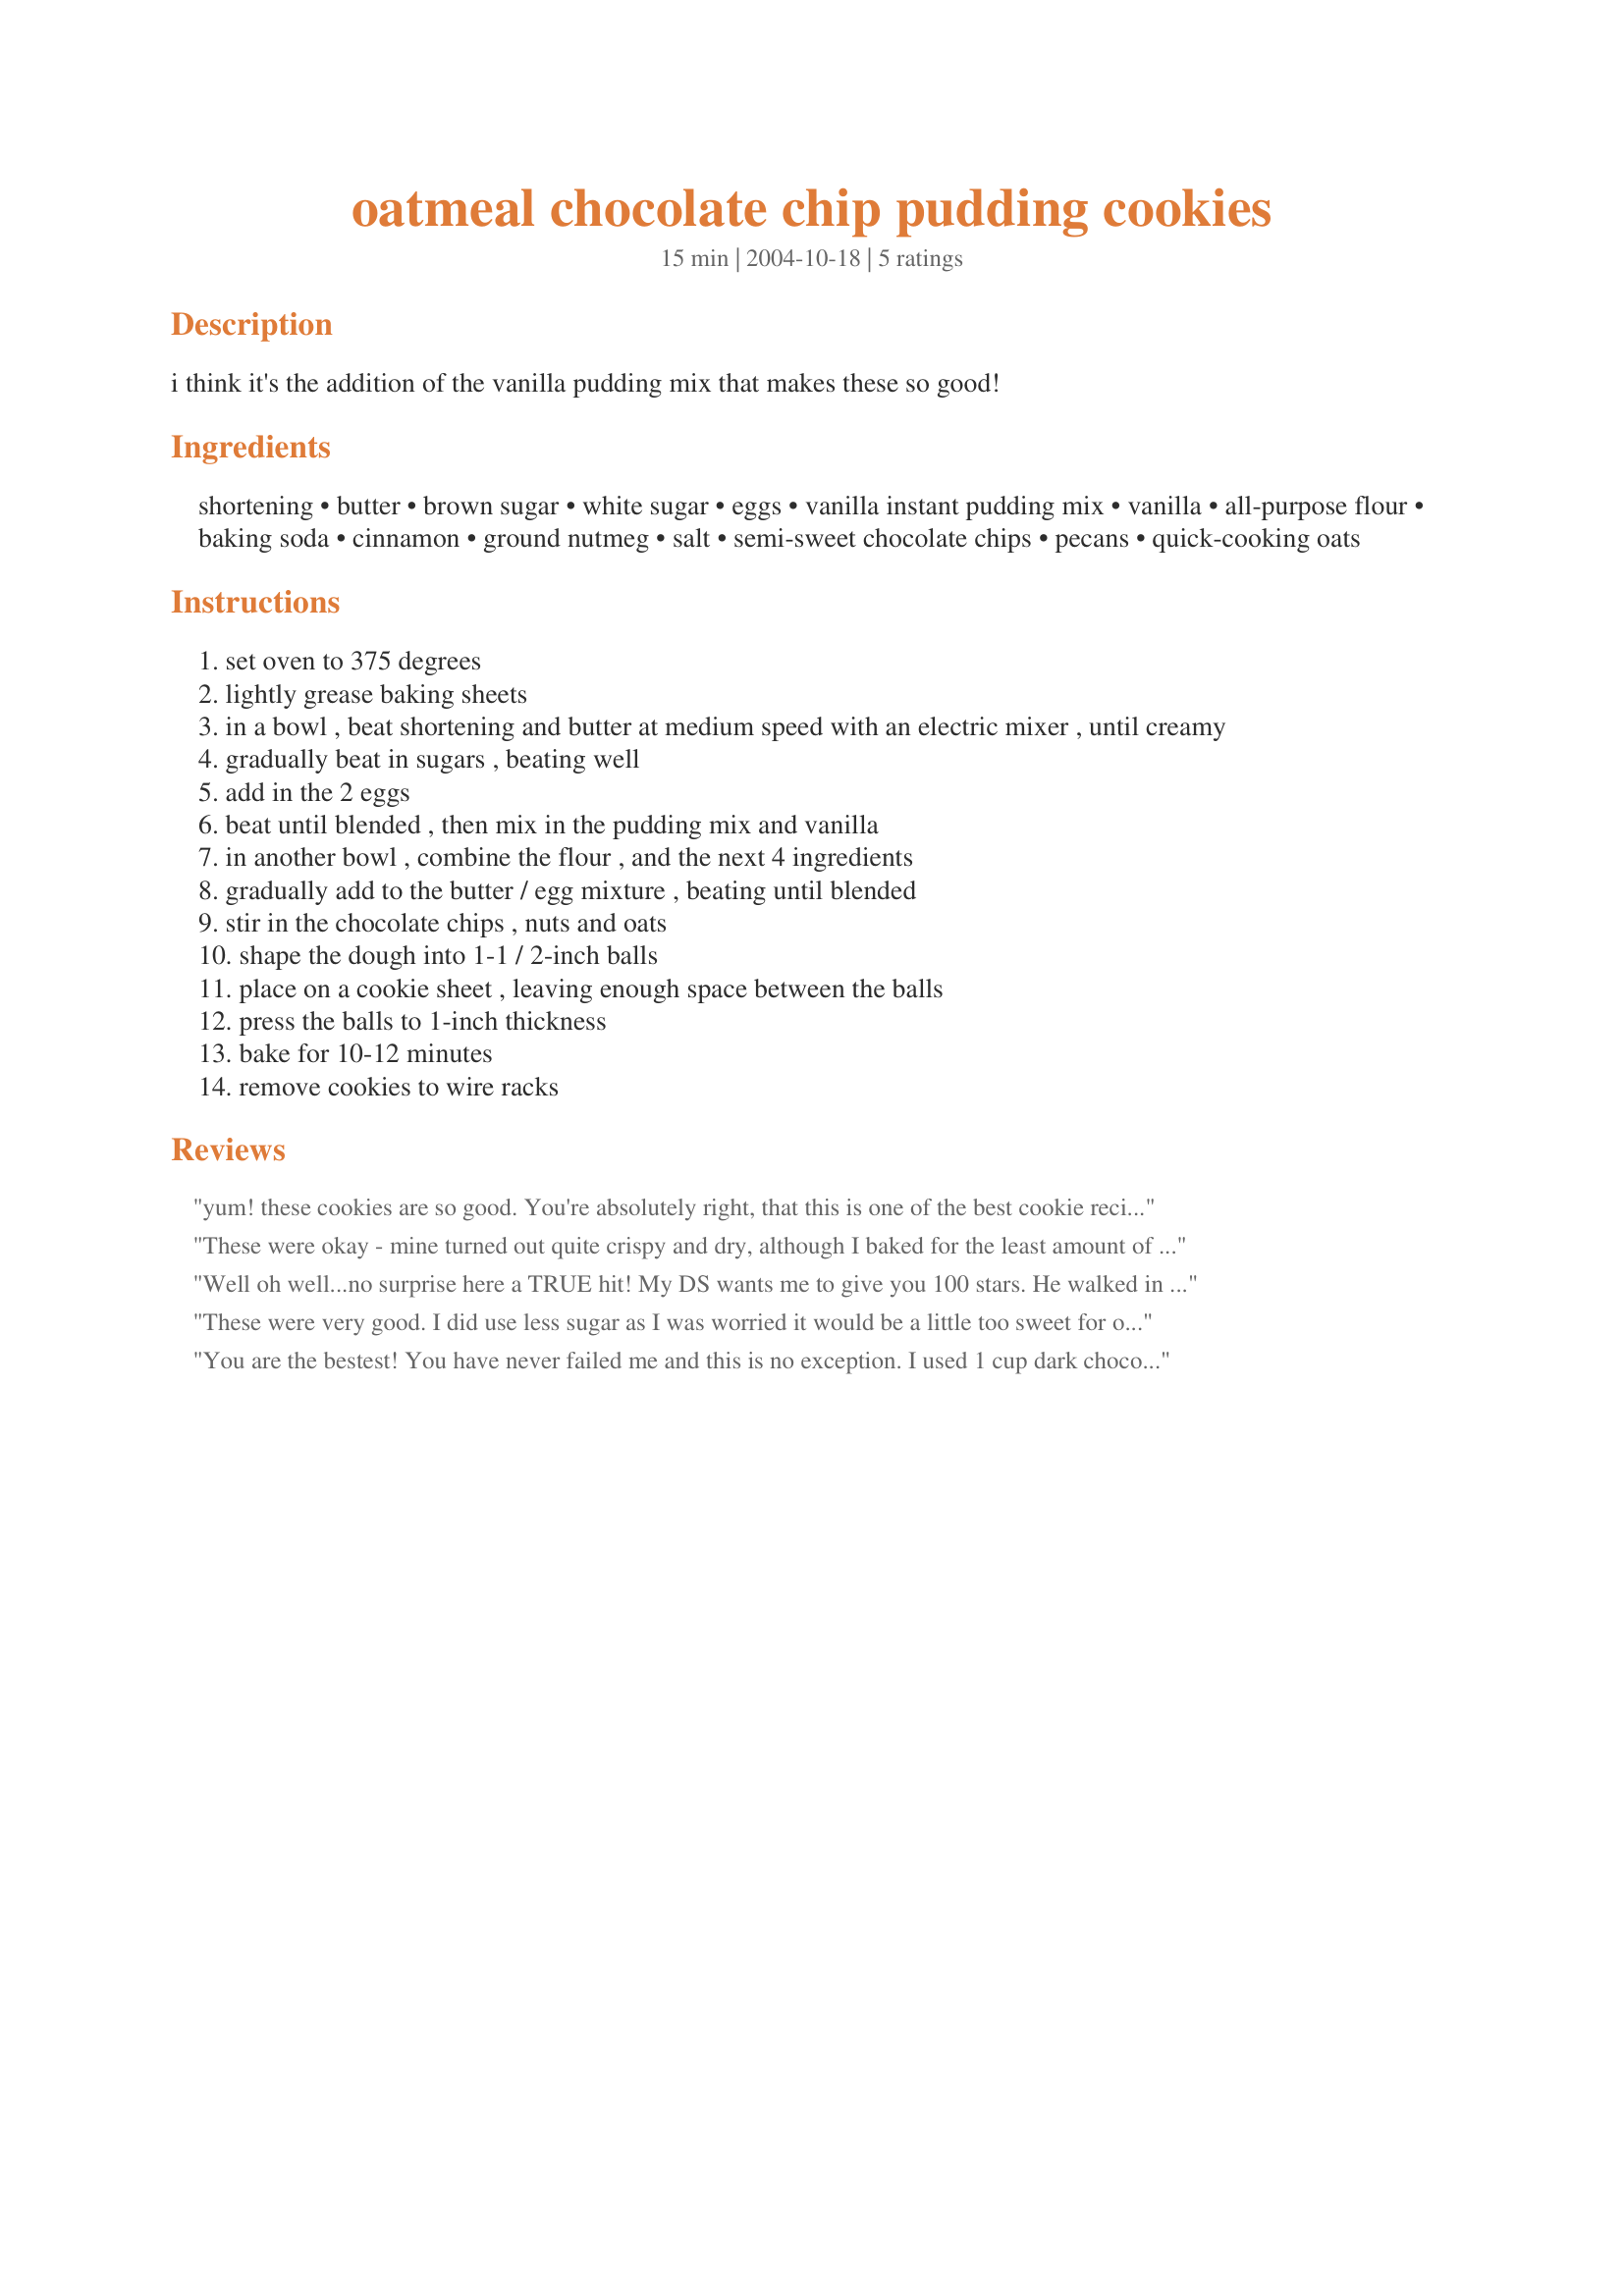
oatmeal chocolate chip pudding cookies
Preparation time: 15 minutes

i think it's the addition of the vanilla pudding mix that makes these so good!

Ingredients:
shortening, butter, brown sugar, white sugar, eggs, vanilla instant pudding mix, vanilla, all-purpose flour, baking soda, cinnamon, ground nutmeg, salt, semi-sweet chocolate chips, pecans, quick-cooking oats

Steps:
set oven to 375 degrees
lightly grease baking sheets
in a bowl , beat shortening and butter at medium speed with an electric mixer , until creamy
gradually beat in sugars , beating well
add in the 2 eggs
beat until blended , then mix in the pudding mix and vanilla
in another bowl , combine the flour , and the next 4 ingredients
gradually add to the butter / egg mixture , beating until blended
stir in the chocolate chips , nuts and oats
shape the dough into 1-1 / 2-inch balls
place on a cookie sheet , leaving enough space between the balls
press the balls to 1-inch thickness
bake for 10-12 minutes
remove cookies to wire racks

Reviews:
yum! these cookies are so good. You're absolutely right, that this is one of the best cookie recipes out there. Your instructions didn't include when to add the vanilla and pudding, so i just added those two ingredients right after the addition of the eggs. 
thanks for posting
These were okay - mine turned out quite crispy and dry, although I baked for the least amount of time. There's nothing wrong with the taste - I just prefer a chewier cookie. I think I'll stick to my normal chocolate chip cookie recipe for now.
Well oh well...no surprise here a TRUE hit! My DS wants me to give you 100 stars. He walked in the door at 10:00 and grabbed 3 right off the bat and wanted to grab 3 more before I slapped his hand away. Because I don't know how to read I purchased the wrong type of "vanilla" pudding so opted to use "instant chocolate pudding". Kit the flavor of chocolate pudding with the chocolate chips & then to top off the cookie the flavors of cinnamon and nutmeg in the background! Wow a TERRIFIC cookie flavor! Nice soft texture to the cookie - all pans baked in exactly 10 minutes. I received 54 cookies using a standard cookie scoop and flattening with the glass. So glad I tagged you in the Zaar Chef Alphabet Soup game. Thanks Kitten!! :)
These were very good. I did use less sugar as I was worried it would be a little too sweet for our taste..yum and I inverted the amounts of oats and flour..which still turned out ok, they just didn't spread out much (lol) Love cinnamon oatmeal cookies and these were very tasty!!!
You are the bestest! You have never failed me and this is no exception.

I used 1 cup dark chocolate chips and took 2 squares semi-sweet chocolate and coarsely chopped them for a nice chunk component.

Baked for 10 minutes and they are amazing!
